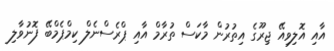
އާއި އޮލިވިއޭ ޖިރޫގެ އިތުރުން މާކަސް ތުރާމް އާއި ޕްރެސްނެލް ކިމްޕެމްބޭ ފޮނުވާލި